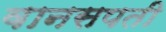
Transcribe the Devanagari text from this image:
वानसपती